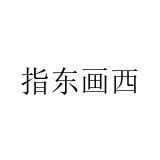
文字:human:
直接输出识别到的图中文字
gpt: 指东画西